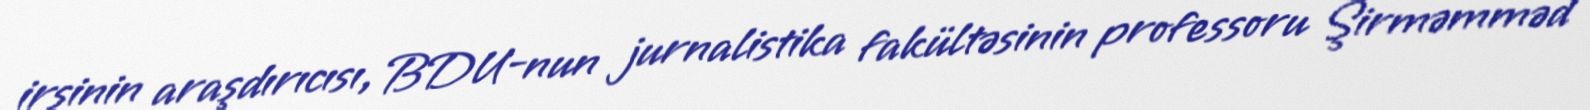
irsinin araşdırıcısı, BDU-nun jurnalistika fakültəsinin professoru Şirməmməd